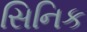
સિનિક